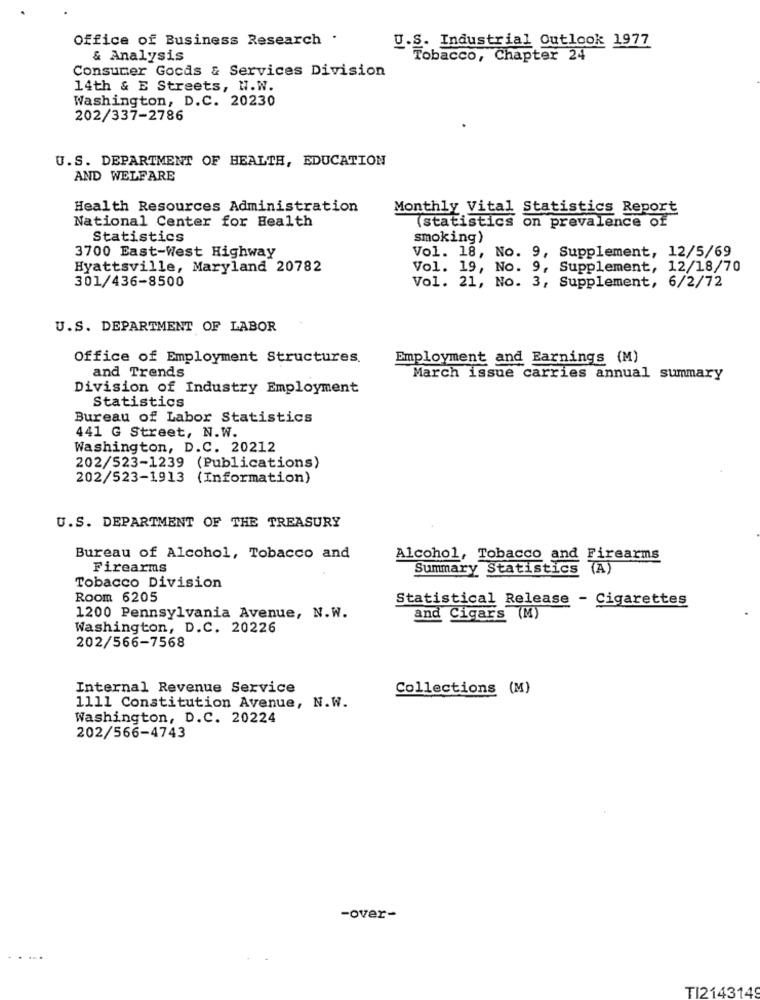
Office of Business Research .
U.S. Industrial Outlook 1977
& Analysis
Tobacco, Chapter 24
Consumer Gocas & Services Division
14th & E Streets, H.W.
Washington, D.C. 20230
202/337-2786
U.S. DEPARTMENT OF HEALTH, EDUCATION
AND WELFARE
Health Resources Administration
Monthly Vital Statistics Report
National Center for Health
(statistics on prevalence of
Statistics
smoking)
3700 East-West Highway
Vol. 18, No. 9, Supplement, 12/5/69
Hyattsville, Maryland 20782
Vol. 19, No. 9, Supplement, 12/18/70
301/436-8500
Vol. 21, No. 3, Supplement, 6/2/72
U.S. DEPARTMENT OF LABOR
Office of Employment Structures.
Employment and Earnings (M)
and Trends
March issue carries annual summary
Division of Industry Employment
Statistics
Bureau of Labor Statistics
441 G Street, N.W.
Washington, D.C. 20212
202/523-1239 (Publications)
202/523-1913
(Information)
U.S. DEPARTMENT OF THE TREASURY
Bureau of Alcohol, Tobacco and
Alcohol, Tobacco and Firearms
Firearms
Summary Statistics (A)
Tobacco Division
Room 6205
Statistical Release - Cigarettes
1200 Pennsylvania Avenue, N.W.
and Cigars (M)
Washington, D.C. 20226
202/566-7568
Internal Revenue Service
Collections (M)
1111 Constitution Avenue, N.W.
Washington, D.C. 20224
202/566-4743
-over-
TI2143149